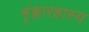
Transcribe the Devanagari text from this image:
शृंङ्गारहास्य